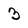
Character: 3